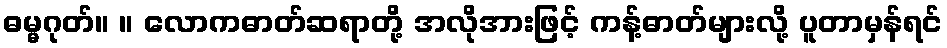
ဓမ္မဂုတ်။ ။ လောကဓာတ်ဆရာတို့ အလိုအားဖြင့် ကန့်ဓာတ်များလို့ ပူတာမှန်ရင်